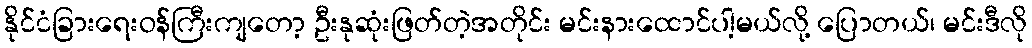
နိုင်ငံခြားရေးဝန်ကြီးကျတော့ ဦးနုဆုံးဖြတ်တဲ့အတိုင်း မင်းနားထောင်ပါ့မယ်လို့ ပြောတယ်၊ မင်းဒီလို